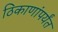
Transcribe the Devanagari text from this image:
ठिकाणांपर्यंत